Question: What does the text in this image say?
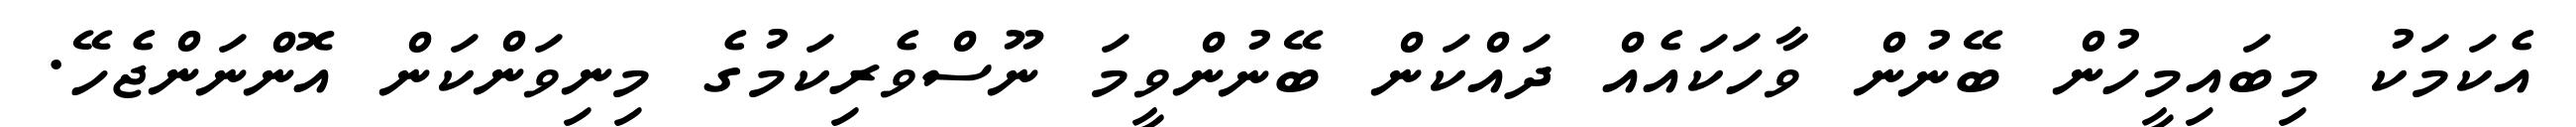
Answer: އެކަމަކު މިބައިމީހުން ބޭނުން ވާހަކައެއް ދައްކަން ބޭނުންވީމަ ނޫސްވެރިކަމުގެ މިނިވަންކަން އޮންނަންޖެހޭ.